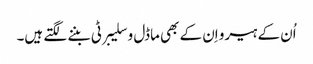
اُن کے ہیرو اِن کے بھی ماڈل و سلیبرٹی بننے لگتے ہیں۔